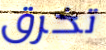
تخرق